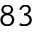
^ { 8 3 }